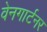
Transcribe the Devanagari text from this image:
वेनगार्टनर